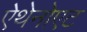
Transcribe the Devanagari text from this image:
ऐथेनोएट